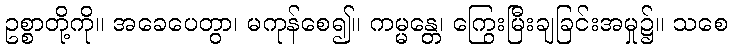
ဥစ္စာတို့ကို။ အခေပေတွာ၊ မကုန်စေ၍။ ကမ္မန္တေ၊ ကြွေးမြီးချခြင်းအမှု၌။ သစေ